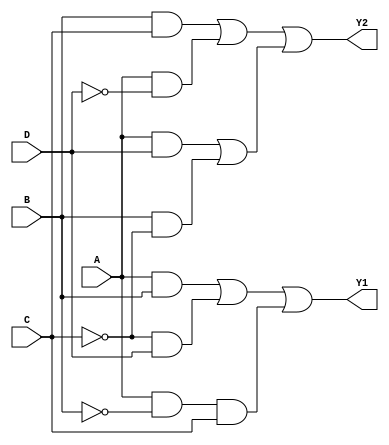
module jewel_pal (
    input wire A,
    input wire B,
    input wire C,
    input wire D,
    output wire Y1,
    output wire Y2
);

// Define the number of programmable AND gates
parameter NUM_AND_GATES = 4;

// Programmable AND gates
wire [NUM_AND_GATES-1:0] and_out;

// Define the programmable connections for each AND gate
// Each entry represents the logic expression for the corresponding AND gate
// Example: and_out[0] = (A & B) | (~C & D) means AND gate 0 outputs high if A and B are high or C is low and D is high
assign and_out[0] = (A & B) | (~C & D); // AND gate 0
assign and_out[1] = (A & ~B & C);      // AND gate 1
assign and_out[2] = (B & C) | (A & ~D); // AND gate 2
assign and_out[3] = (A & D) | (B & ~C); // AND gate 3

// Fixed OR array
// Each output is a function of the AND gate outputs
assign Y1 = and_out[0] | and_out[1]; // Output Y1 is a combination of AND gate 0 and 1
assign Y2 = and_out[2] | and_out[3]; // Output Y2 is a combination of AND gate 2 and 3

endmodule